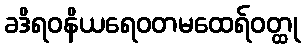
ခဒိရဝနိယရေဝတမထေရ်ဝတ္ထု